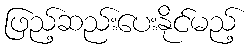
ဖြည့်ဆည်းပေးနိုင်မည့်